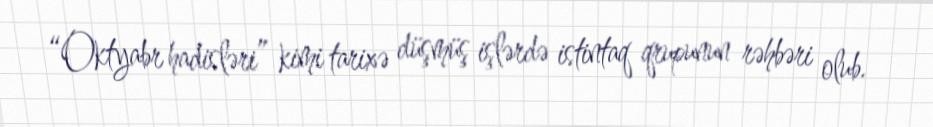
“Oktyabr hadisləri” kimi tarixə düşmüş işlərdə istintaq qrupunun rəhbəri olub.